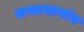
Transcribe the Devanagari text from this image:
कथाभागांत